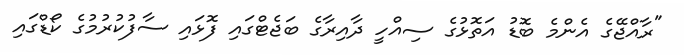
"ރާއްޖޭގެ އެންމެ ބޮޑު އަތޮޅުގެ ސިއްހީ ދާއިރާގެ ބަޖެޓްގައި ފޮޅައި ސާފުކުރުމުގެ ކޯޑްގައި